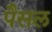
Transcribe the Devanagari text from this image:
पैसल